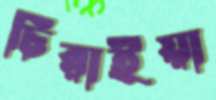
চিরাইয়া